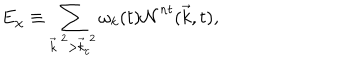
E _ { \chi } \equiv \sum _ { { \vec { k } } ^ { ~ 2 } > { \vec { k } } _ { c } ^ { ~ 2 } } { \omega } _ { k } ( t ) { \cal N } ^ { n t } ( { \vec { k } } , t ) ,